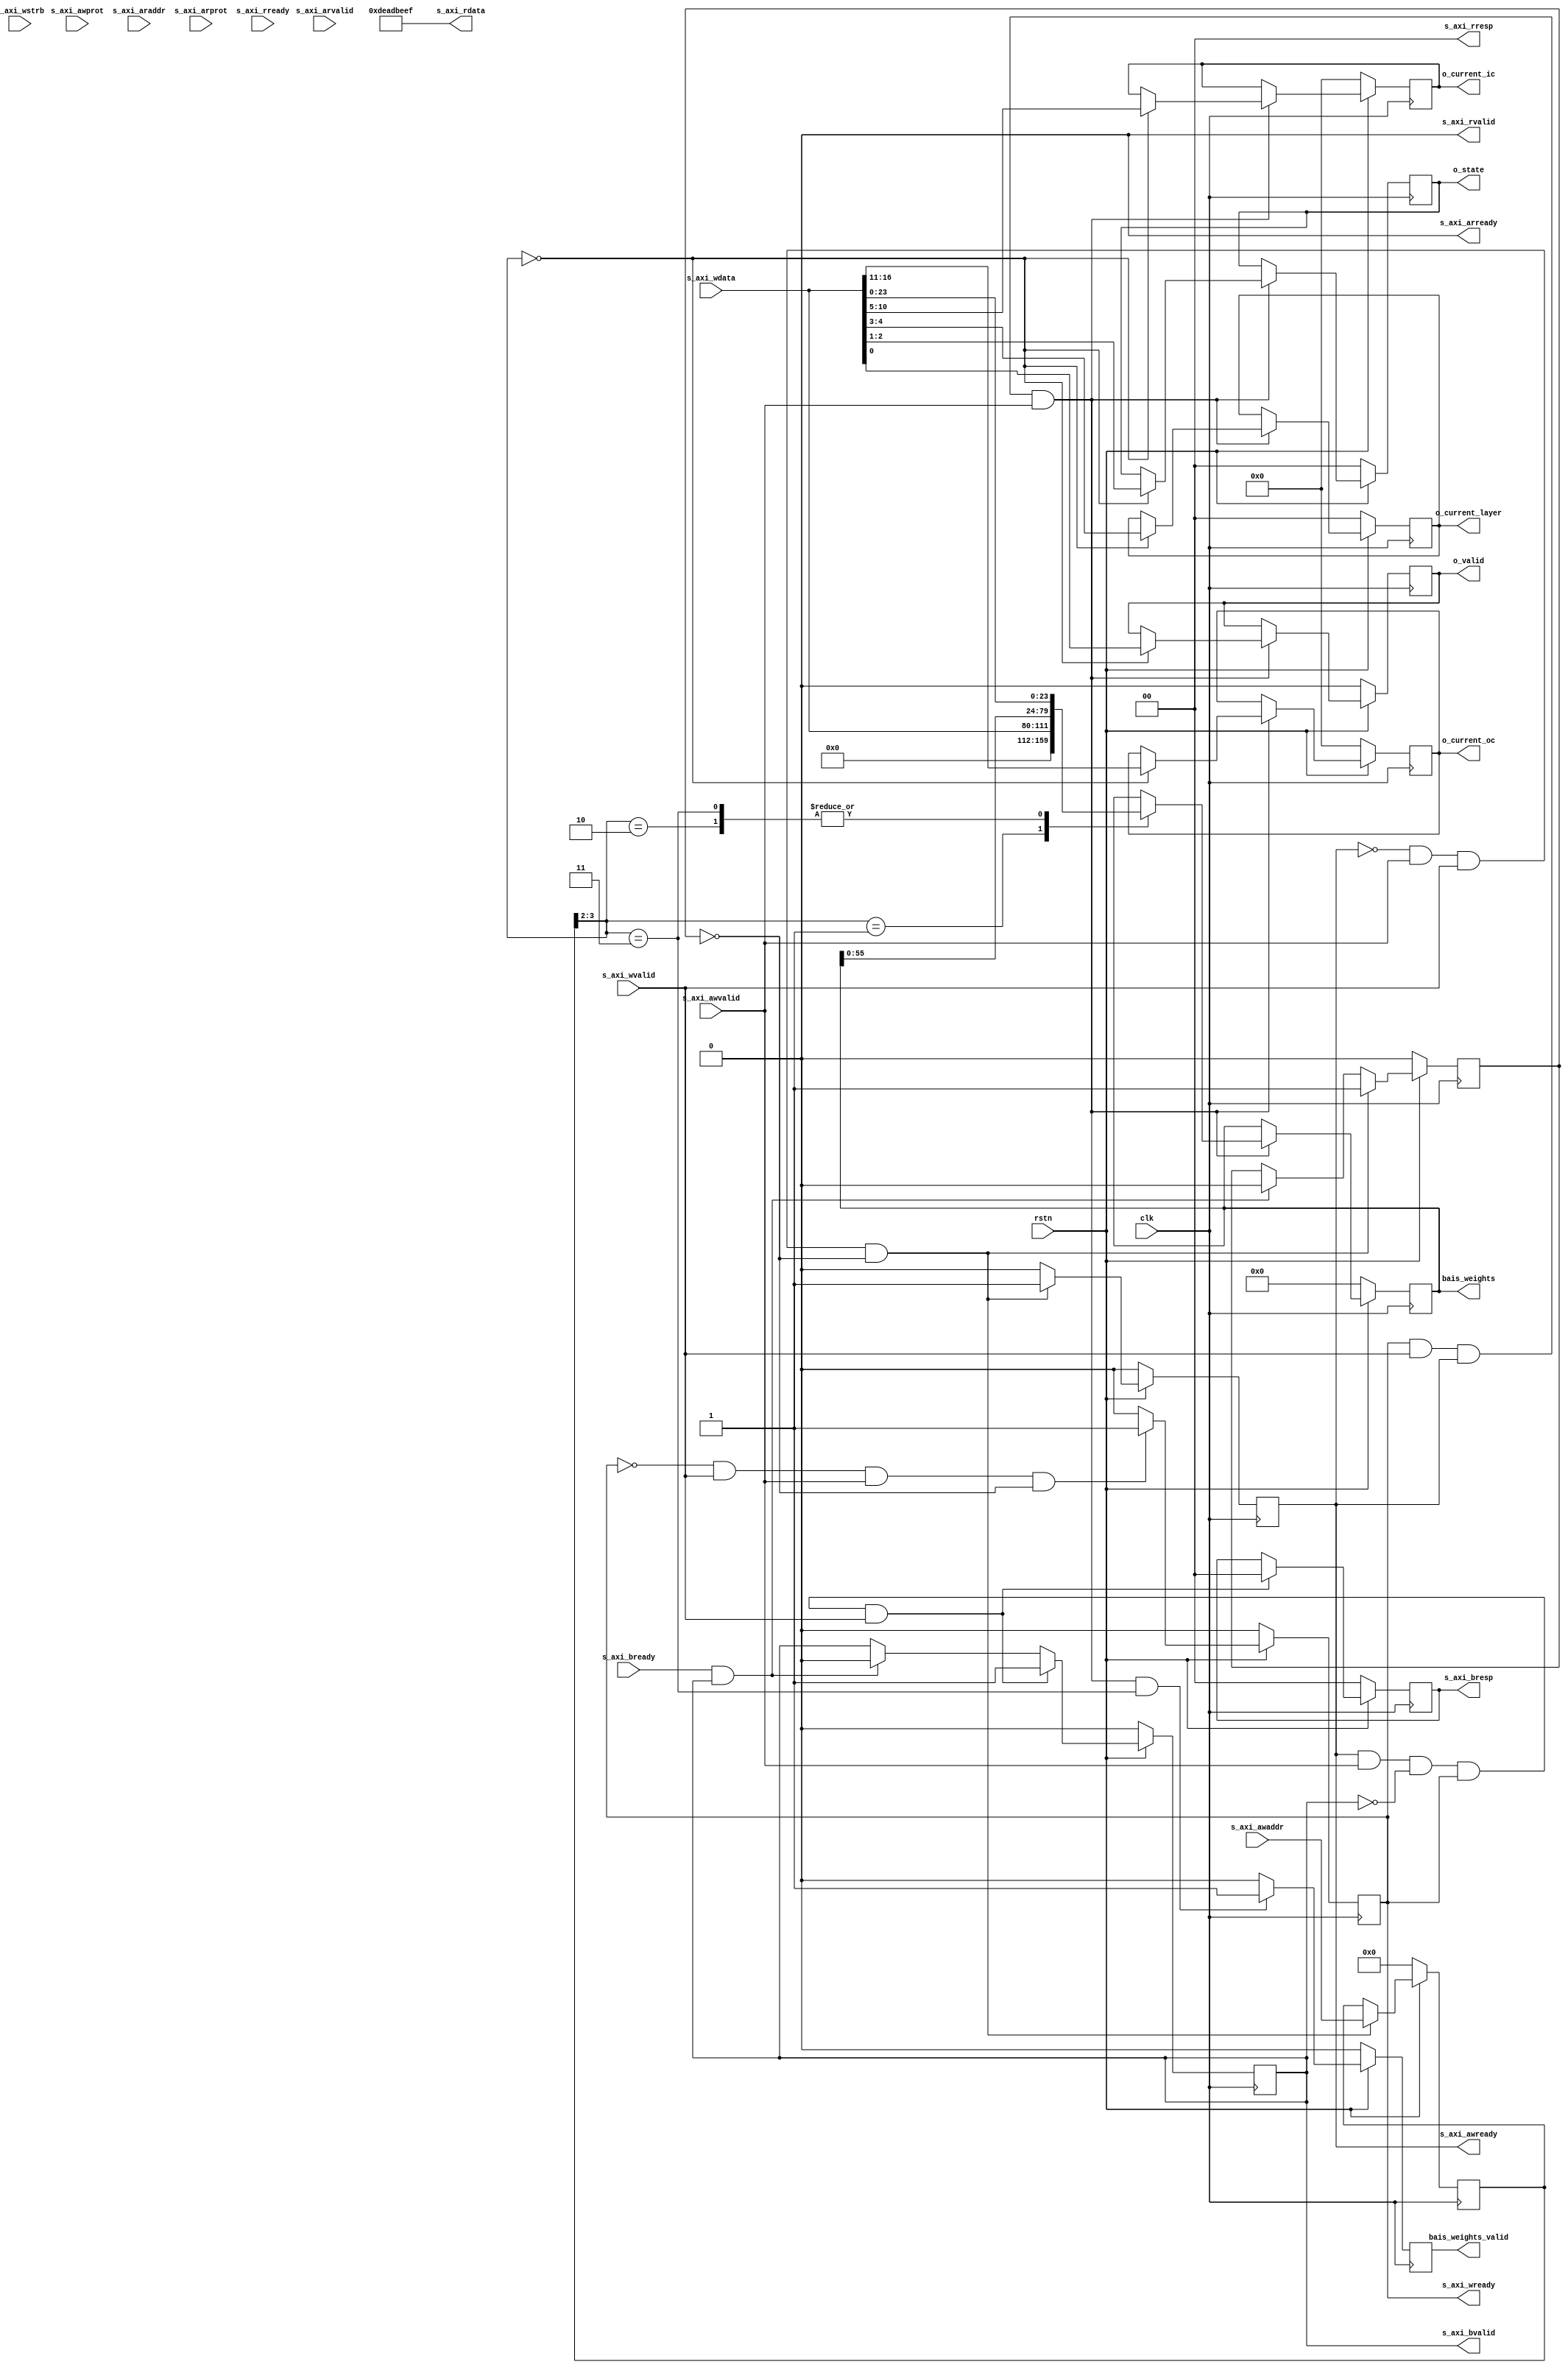
`timescale 1ns / 1ps
//////////////////////////////////////////////////////////////////////////////////
// Company: 
// Engineer: 
// 
// Design Name: 
// Module Name: ctrl
// Project Name: 
// Target Devices: 
// Tool Versions: 
// Description: 
// 
// Dependencies: 
// 
// Revision:
// Revision 0.01 - File Created
// Additional Comments:
// 
//////////////////////////////////////////////////////////////////////////////////


module ctrl(
    input  wire        clk,
    input  wire        rstn,
    input  wire [31:0] s_axi_awaddr,
    input  wire [2:0]  s_axi_awprot,
    input  wire        s_axi_awvalid,
    output wire        s_axi_awready,
    input  wire [31:0] s_axi_wdata,
    input  wire [3:0]  s_axi_wstrb,
    input  wire        s_axi_wvalid,
    output wire        s_axi_wready,
    output wire [1:0]  s_axi_bresp,
    output wire        s_axi_bvalid,
    input  wire        s_axi_bready,
    input  wire [3:0]  s_axi_araddr,
    input  wire [2:0]  s_axi_arprot,
    input  wire        s_axi_arvalid,
    output wire        s_axi_arready,
    output wire [31:0] s_axi_rdata,
    output wire [1:0]  s_axi_rresp,
    output wire        s_axi_rvalid,
    input  wire        s_axi_rready,
    output wire [1:0]  o_state,
    output wire [1:0]  o_current_layer,
    output wire [5:0]  o_current_ic,
    output wire [5:0]  o_current_oc,
    output wire        o_valid,
    output wire [79:0] bais_weights,
    output wire        bais_weights_valid
);

	///////////////////////////////////////////////////////
	/////////// write channel
	reg [31:0] awaddr;
	reg awready;
	reg wready;
	reg [1:0] bresp;
	reg bvalid;
	reg aw_en;
	wire wr_en;

	assign s_axi_awready = awready;
	assign s_axi_wready = wready;
	assign s_axi_bresp = bresp;
	assign s_axi_bvalid = bvalid;

	always@(posedge clk) begin
		if(!rstn) begin
			awready <= 1'b0;
			aw_en <= 1'b0;
		end
		else begin
			if(!awready && s_axi_awvalid && s_axi_wvalid && !aw_en) begin
				awready <= 1'b1;
				aw_en <= 1'b1;
			end
			else if(s_axi_bready && bvalid) begin
				awready <= 1'b0;
				aw_en <= 1'b0;
			end
			else begin
				awready <= 1'b0;
			end
		end
	end

	always@(posedge clk) begin
		if(!rstn) begin
			awaddr <= 32'd0;
		end
		else begin
			if(!awready && s_axi_awvalid && s_axi_wvalid && !aw_en) begin
				awaddr <= s_axi_awaddr;
			end
		end
	end

	always@(posedge clk) begin
		if(!rstn) begin
			wready <= 1'b0;
		end
		else begin
			if(!wready && s_axi_wvalid && s_axi_awvalid && !aw_en) begin
				wready <= 1'b1;
			end
			else begin
				wready <= 1'b0;
			end
		end
	end

	assign wr_en = wready && s_axi_wvalid && awready && s_axi_awvalid;

	always@(posedge clk) begin
		if(!rstn) begin
			bvalid <= 1'b0;
			bresp <= 2'd0;
		end
		else begin
			if(awready && s_axi_awvalid && !bvalid && wready && s_axi_wvalid) begin
				bvalid <= 1'b1;
				bresp <= 2'd0;
			end
			else begin
				if(s_axi_bready && bvalid) begin
					bvalid <= 1'b0;
				end
			end
		end
	end

	///////////////////////////////////////////////////////
	/////////// dont use the read channel.
	assign s_axi_arready = 1'b0;
	assign s_axi_rvalid = 1'b0;
	assign s_axi_rdata = 32'hDEADBEEF;
	assign s_axi_rresp = 2'b00;

	///////////////////////////////////////////////////////
	/////////// receive wdata

	reg [1:0] c_state, c_layer;
	reg [5:0] c_ic, c_oc;
	reg state_valid;
	reg [79:0] params;
	reg params_valid_d;
	wire params_valid_dd;

	assign o_state = c_state;
	assign o_current_layer = c_layer;
	assign o_current_ic = c_ic;
	assign o_current_oc = c_oc;
	assign o_valid = state_valid;
	assign bais_weights = params;
	assign bais_weights_valid = params_valid_d;

	always@(posedge clk) begin
		if(!rstn) begin
			c_state <= 2'd0;
			c_layer <= 2'd0;
			c_ic <= 6'd0;
			c_oc <= 6'd0;
			state_valid <= 1'b0;
			params <= 80'd0;
		end
		else begin
			if(wr_en) begin
				case(awaddr[3:2])
					2'b00 : begin
						{c_oc, c_ic, c_layer, c_state, state_valid} <= s_axi_wdata[16:0];
					end
					2'b01 : params <= {{(48){1'b0}}, s_axi_wdata};
					2'b10 : params <= {params[55:0], s_axi_wdata[23:0]};
					2'b11 : params <= {params[55:0], s_axi_wdata[23:0]};
					default : begin
						c_state <= 2'd0;
						c_layer <= 2'd0;
						c_ic <= 6'd0;
						c_oc <= 6'd0;
						state_valid <= 1'b0;
						params <= 80'd0;
					end
				endcase
			end
		end
	end

	assign params_valid_dd = ((wr_en) && (awaddr[3:2] == 2'b11)) ? 1'b1 : 1'b0;
	always@(posedge clk) begin
		if(!rstn) begin
			params_valid_d <= 1'b0;
		end
		else begin
			params_valid_d <= params_valid_dd;
		end
	end

endmodule